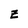
Character: z